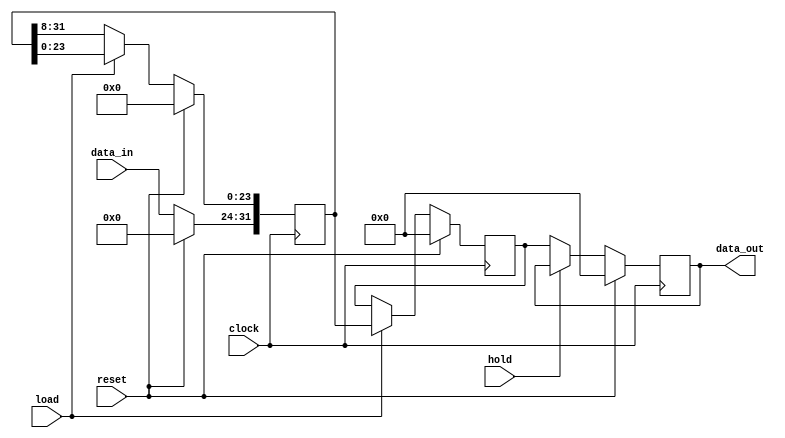
module decimator_3 (data_out, data_in, hold, load, clock, reset);
  parameter 	word_length = 8;
  parameter 	latency = 4;
  output		[(word_length*latency) -1: 0] 	data_out;
  input		[word_length-1:0]			data_in;
  input						hold;
  input						load;
  input						clock;
  input						reset;

  reg		[(word_length*latency) -1: 0] 	Shft_Reg;	// Shift reg
  reg		[(word_length*latency) -1: 0] 	Int_Reg;	// Integrator reg
  reg		[(word_length*latency) -1: 0] 	Decim_Reg;	// Decimation reg

  always @ (posedge clock)
    if (reset) begin
      Shft_Reg <= 0;
      Int_Reg <= 0;
    end
    else if (load) begin
      Shft_Reg[(word_length * latency) -1: (word_length*(latency-1))] <= data_in;
      Int_Reg <= Shft_Reg;
    end
    else begin
      Shft_Reg <= {data_in, Shft_Reg[(word_length*latency)-1: word_length]};
      Int_Reg <= Int_Reg;
    end

  always @ (posedge clock)
    if (reset) Decim_Reg <= 0;
    else if (hold) Decim_Reg <= Decim_Reg;
    else Decim_Reg <= Int_Reg;

  assign data_out = Decim_Reg;

endmodule